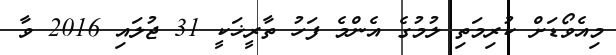
މިއެވޯޑަށް ކުރިމަތި ލުމުގެ އެންމެ ފަހު ތާރީޚަކީ 31 ޖުލައި 2016 ވާ